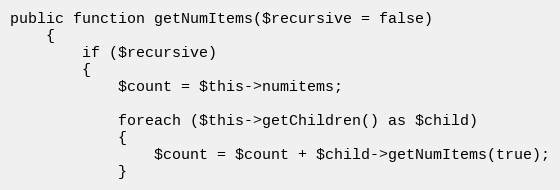
Language: PHP
public function getNumItems($recursive = false)
	{
		if ($recursive)
		{
			$count = $this->numitems;

			foreach ($this->getChildren() as $child)
			{
				$count = $count + $child->getNumItems(true);
			}